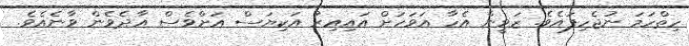
ހިތްހަމަ ނުޖެހިފައެވެ. ޒަވީން އެހާ އަވަހަށް އައިއިރު އަކިޔަސް އަށްވެސް އާދެވެން ވާނެއެވެ.